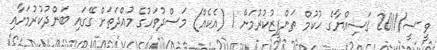
ވީ-ސީ/2011 ޤަޟިއްޔާގެ ޙުކުމް ތަންފީޒުކުރުމަށް 1 (އެކެއް) މަސްދުވަހުގެ މުއްދަތަށް ގޭގައި ބަންދުކުރުމަށާއި